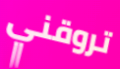
تروقني